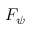
F _ { \psi }